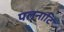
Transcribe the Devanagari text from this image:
पलनाटि